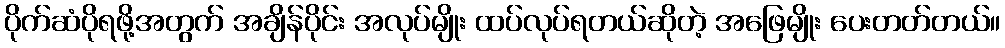
ပိုက်ဆံပိုရဖို့အတွက် အချိန်ပိုင်း အလုပ်မျိုး ထပ်လုပ်ရတယ်ဆိုတဲ့ အဖြေမျိုး ပေးတတ်တယ်။